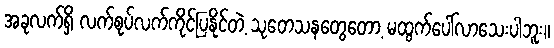
အခုလက်ရှိ လက်စုပ်လက်ကိုင်ပြနိုင်တဲ့ သုတေသနတွေတော့ မထွက်ပေါ်လာသေးပါဘူး။